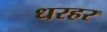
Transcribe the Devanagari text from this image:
धरहर